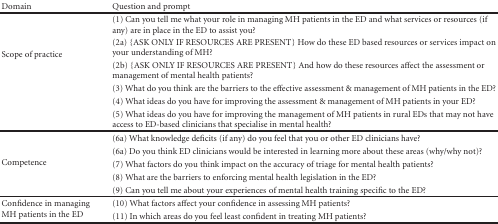
| Domain | Question and prompt |
 | --- | --- |
 | <ROWSPAN=6> Scope of practice | (1) Can you tell me what your role in managing MH patients in the ED and what services or resources (if any) are in place in the ED to assist you? |
 | (2a) {ASK ONLY IF RESOURCES ARE PRESENT} How do these ED based resources or services impact on your understanding of MH? |
 | (2b) {ASK ONLY IF RESOURCES ARE PRESENT} And how do these resources affect the assessment or management of mental health patients? |
 | (3) What do you think are the barriers to the effective assessment & management of MH patients in the ED? |
 | (4) What ideas do you have for improving the assessment & management of MH patients in your ED? |
 | (5) What ideas do you have for improving the management of MH patients in rural EDs that may not have access to ED-based clinicians that specialise in mental health? |
 | <ROWSPAN=5> Competence | (6a) What knowledge deficits (if any) do you feel that you or other ED clinicians have? |
 | (6a) Do you think ED clinicians would be interested in learning more about these areas (why/why not)? |
 | (7) What factors do you think impact on the accuracy of triage for mental health patients? |
 | (8) What are the barriers to enforcing mental health legislation in the ED? |
 | (9) Can you tell me about your experiences of mental health training specific to the ED? |
 | <ROWSPAN=2> Confidence in managing MH patients in the ED | (10) What factors affect your confidence in assessing MH patients? |
 | (11) In which areas do you feel least confident in treating MH patients? |